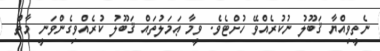
ނެތީވިއްޔާ ޤަބޫލު ނުކުރެއްވޭ ހުށްޓެވެ. ވީމާ ޢަމަލުތައް ޤަބޫލު ކުރެއްވިގެންވަނީ މާތް